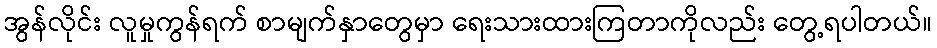
အွန်လိုင်း လူမှုကွန်ရက် စာမျက်နှာတွေမှာ ရေးသားထားကြတာကိုလည်း တွေ့ရပါတယ်။